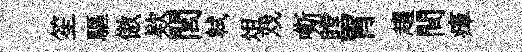
笙驅傲欵閭軾俎戏嘶瞠胃趨間瘴